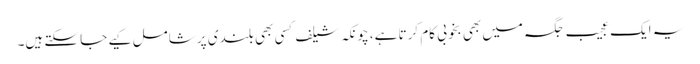
یہ ایک عجیب جگہ میں بھی بخوبی کام کرتا ہے، چونکہ شیلف کسی بھی بلندی پر شامل کیے جا سکتے ہیں۔